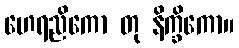
ဟေရညိကော တု နိက္ခိကော။